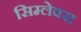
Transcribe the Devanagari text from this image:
सिम्लेक्स